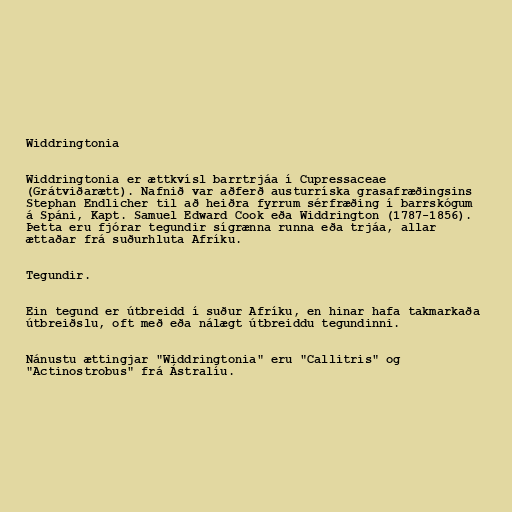
Widdringtonia

Widdringtonia er ættkvísl barrtrjáa í Cupressaceae
(Grátviðarætt). Nafnið var aðferð austurríska grasafræðingsins
Stephan Endlicher til að heiðra fyrrum sérfræðing í barrskógum
á Spáni, Kapt. Samuel Edward Cook eða Widdrington (1787-1856).
Þetta eru fjórar tegundir sígrænna runna eða trjáa, allar
ættaðar frá suðurhluta Afríku.

Tegundir.

Ein tegund er útbreidd í suður Afríku, en hinar hafa takmarkaða
útbreiðslu, oft með eða nálægt útbreiddu tegundinni.

Nánustu ættingjar "Widdringtonia" eru "Callitris" og
"Actinostrobus" frá Ástralíu.